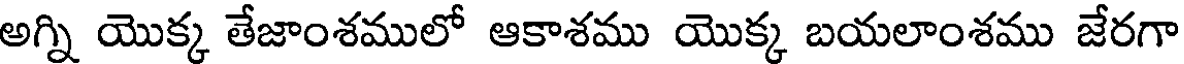
అగ్ని యొక్క తేజాంశములో ఆకాశము యొక్క బయలాంశము జేరగా